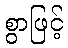
စွာဖြင့်